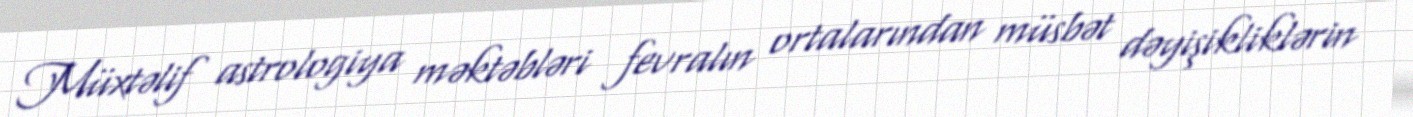
Müxtəlif astrologiya məktəbləri fevralın ortalarından müsbət dəyişikliklərin